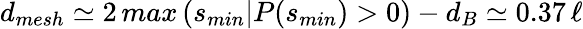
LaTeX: d_{mesh}\simeq 2\, max\left(s_{min}\vert P(s_{min})>0\right)-d_{B}\simeq 0.37\, \ell